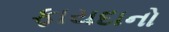
ફાયદાનો